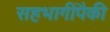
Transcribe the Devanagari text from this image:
सहभागींपैकी